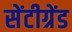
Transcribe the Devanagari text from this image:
सेंटीग्रेंड